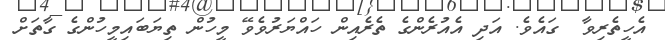
އެހީތެރިވާ  ގައެވެ. އަދި އެއުރެންގެ ތެރެއިން ހައްޔަރުވެވޭ މީހުން ތިޔަބައިމީހުންގެ ގާތަށް